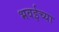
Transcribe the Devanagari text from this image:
भवईच्या